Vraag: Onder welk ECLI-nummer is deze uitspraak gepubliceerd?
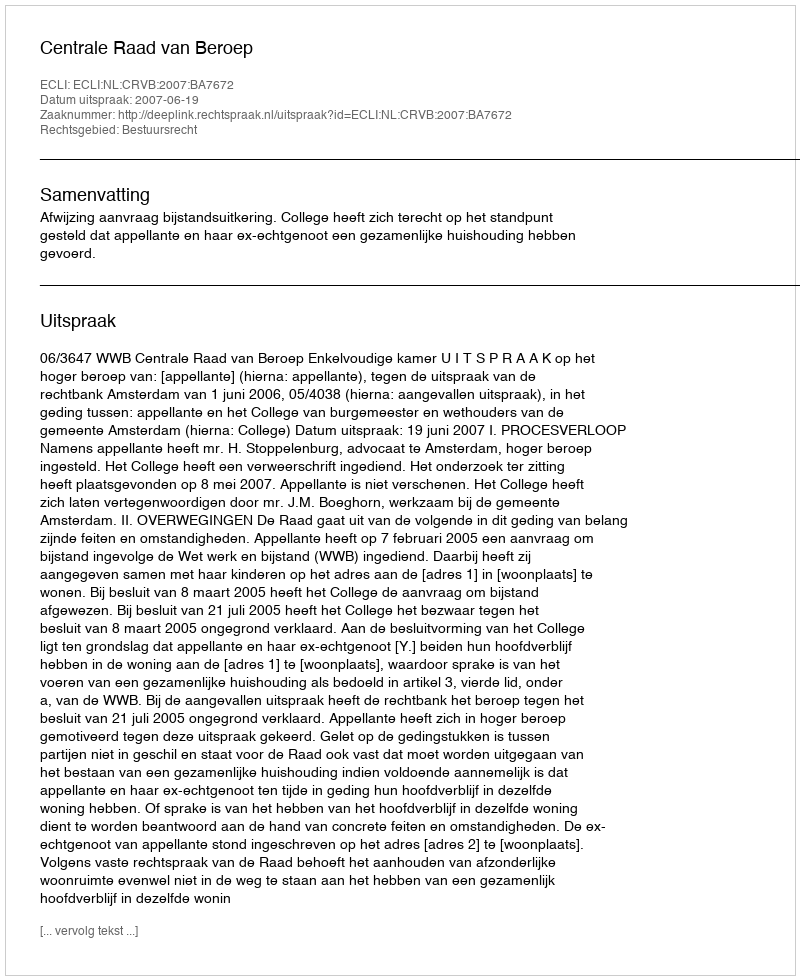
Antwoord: ECLI:NL:CRVB:2007:BA7672